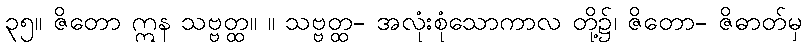
၃၅။ ဇိတော ဣန သဗ္ဗတ္ထ။ ။ သဗ္ဗတ္ထ- အလုံးစုံသောကာလ တို့၌၊ ဇိတော- ဇိဓာတ်မှ